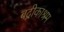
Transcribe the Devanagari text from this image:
बद्रीकाश्रम